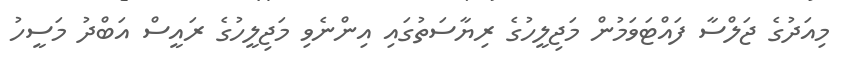
މިއަދުގެ ޖަލްސާ ފައްޓަވަމުން މަޖިލީހުގެ ރިޔާސަތުގައި އިންނެވި މަޖިލީހުގެ ރައީސް އަބްދު މަސީހު